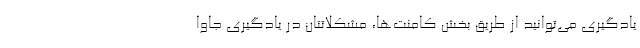
یادگیری می‌توانید از طریق بخش کامنت‌ها، مشکلاتتان در یادگیری جاوا